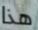
هذا